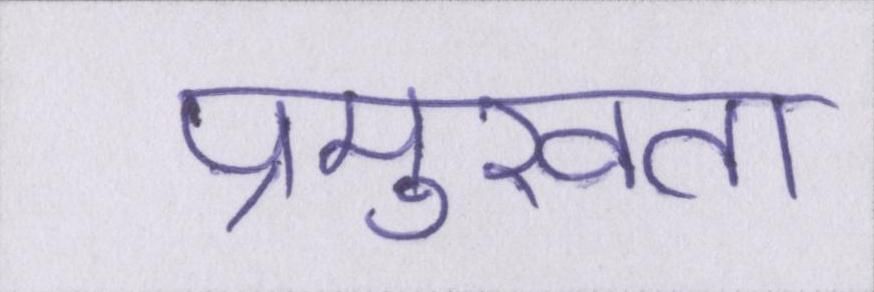
प्रमुखता